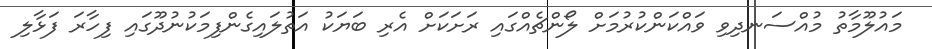
މައުލޫމާތު މުއްސަނދިވި ވައްކަންކުރުމަށް ލޯންޗެއްގައި ރަށަކަށް އެރި ބަޔަކު އަތުލައިގެންފިމަކުނުދޫގައި ފިހާރަ ފަޅާލި